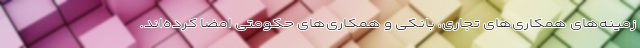
زمینه‌های همکاری‌های تجاری، بانکی و همکاری‌های حکومتی امضا کرده‌اند.